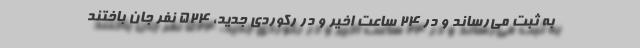
به ثبت می‌رساند و در ۲۴ ساعت اخیر و در رکوردی جدید، ۵۲۴ نفر جان باختند